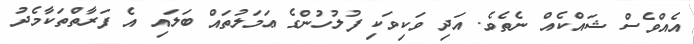
އެއްވެސް ޝައްކެއް ނެތެވެ. އަދި ވަކިވަކި ފުލުހުންގެ ޢަމަލުތައް ބަލައި އެ ފަރާތްތަކާމެދު